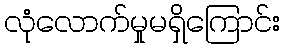
လုံလောက်မှုမရှိကြောင်း